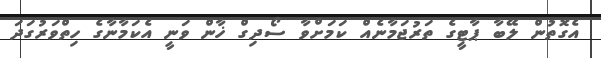
އެގޮތުން ލޭބާ ޕާޓީގެ ތަރުޖަމާނެއް ކަމަށްވާ ސޯދިގް ޚާން ވަނީ އެކަމާނާގެ ހިތްވަރުގަދަ